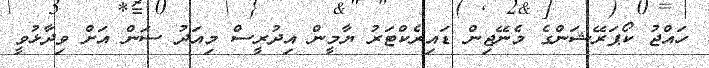
ހައްޖު ކޯޕަރޭޝަންގެ މެނޭޖިން ޑައިރެކްޓަރު ޔާމީން އިދުރީސް މިއަދު ސަން އަށް ވިދާޅުވީ